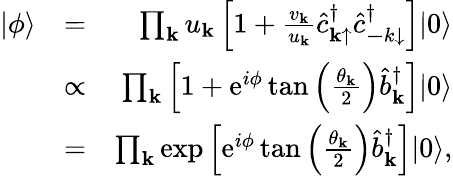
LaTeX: \begin{array}{rlr}{|\phi\rangle}&{=}&{\prod_{{\mathbf k}}u_{{\mathbf k}}\left[1+\frac{v_{{\mathbf k}}}{u_{{\mathbf k}}}\hat{c}_{{\mathbf k}\mathrm{\uparrow}}^{\dagger}\hat{c}_{{\mathbf-k}\mathrm{\downarrow}}^{\dagger}\right]|0\rangle}\\ &{\propto}&{\prod_{{\mathbf k}}\left[1+\mathrm{e}^{i\phi}\tan\left(\frac{\theta_{\mathbf k}}{2}\right)\hat{b}_{{\mathbf k}}^{\dagger}\right]|0\rangle}\\ &{=}&{\prod_{{\mathbf k}}\exp\left[\mathrm{e}^{i\phi}\tan\left(\frac{\theta_{\mathbf k}}{2}\right)\hat{b}_{{\mathbf k}}^{\dagger}\right]|0\rangle,}\end{array}